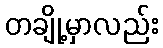
တချို့မှာလည်း